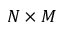
N \times M